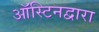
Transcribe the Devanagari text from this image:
ऑस्टिनद्वारा